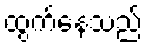
ထွက်နေသည်